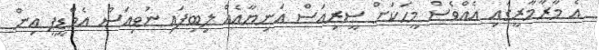
އެ މާރާމާރީގައި އެއްވެސް މީހަކަށް ސީރިއަސް އަނިޔާއެއް ލިބިފައި ނުވިއަސް އެމްޑީޕީ އިން